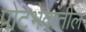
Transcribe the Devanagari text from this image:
पोटभेदांतील